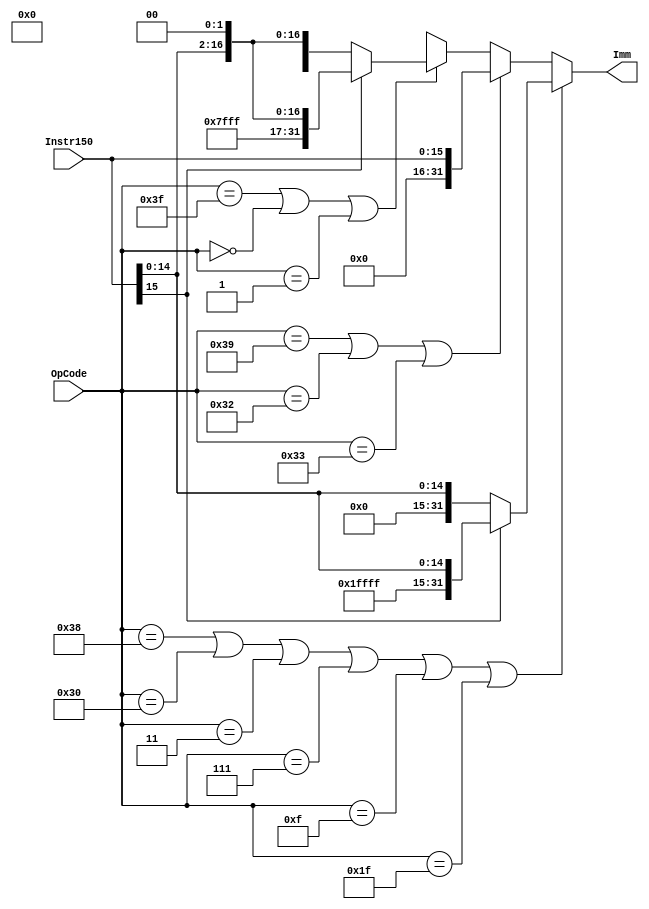
module Immem(
				  input wire [15:0] Instr150,
				  input wire [5:0] OpCode,
				  output reg [31:0] Imm
				);
				
	 
			always@(*) 
			begin
			if ((OpCode== 6'b111000) || (OpCode== 6'b110000) || (OpCode== 6'b000011) || (OpCode== 6'b000111) || (OpCode== 6'b001111) || (OpCode== 6'b011111)) //SignExtend
			begin
				if (Instr150[15] == 1) 
				begin
				Imm = {16'b1111111111111111,Instr150[15:0]};
				end
				else
				begin 
				Imm = {16'b0000000000000000,Instr150[15:0]};
				end
				end
			
			
			else if((OpCode == 6'b111001) || (OpCode== 6'b110010) || (OpCode== 6'b110011))  //Zerofill
			begin 
			Imm = {16'b0000000000000000,Instr150[15:0]};
			end
			
			 
			else if((OpCode== 6'b111111) || (OpCode== 6'b000000)  || (OpCode== 6'b000001) )  //shift2 and signextend
			begin
			
			if (Instr150[15] == 1) 
				begin
				Imm = {16'b1111111111111111,Instr150[15:0]};
				Imm = Imm <<2;
				end
				else
				begin 
				Imm = {16'b0000000000000000,Instr150[15:0]};
				Imm = Imm<<2;
				end
				
			end
				else 
			begin
			Imm = 32'bXXXXXXXXXXXXXXXXXXXXXXXXXXXXXXXX;
			end
			end
				
	endmodule